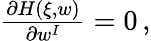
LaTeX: \begin{array}{r}{\frac{\partial H(\xi,w)}{\partial w^{I}}=0\, ,}\end{array}